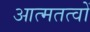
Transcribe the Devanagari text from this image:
आत्मतत्वों